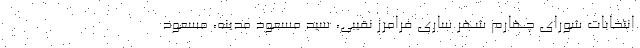
انتخابات شورای چهارم شهر ساری فرامرز نقیبی، سید مسعود مدینه، مسعود